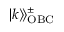
| k \rangle \! \rangle _ { \mathrm { O B C } } ^ { \pm }